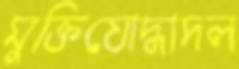
মুক্তিযোদ্ধাদল